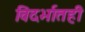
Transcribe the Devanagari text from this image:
विदर्भातही